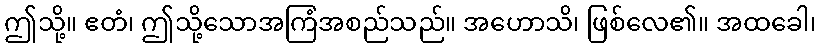
ဤသို့။ ဧတံ၊ ဤသို့သောအကြံအစည်သည်။ အဟောသိ၊ ဖြစ်လေ၏။ အထခေါ၊